Vital statistics of India. Vol. IV, Annual returns from 1871 to 1876. British Army of India, Native Army and jails of Bengal
Year: 1871
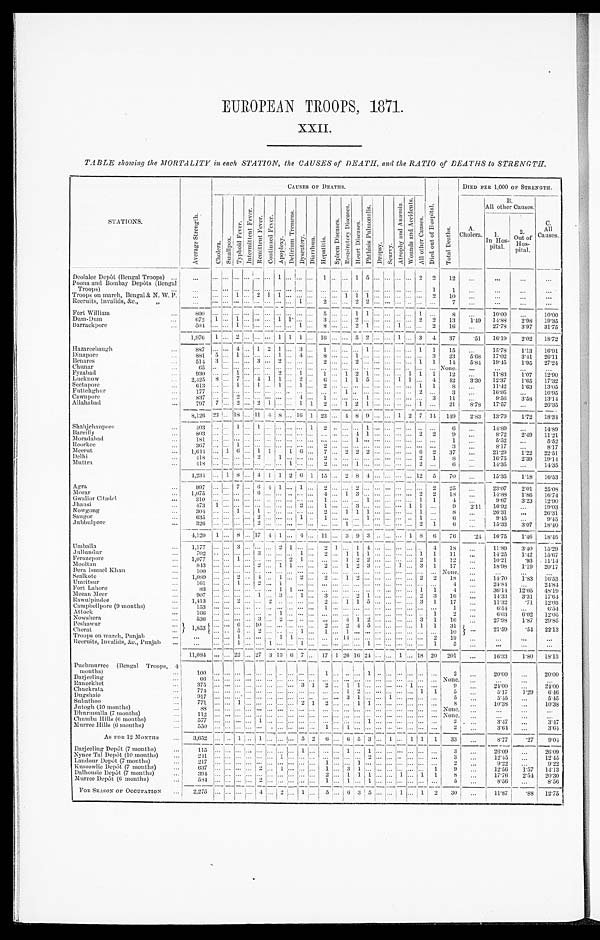
EUROPEAN TROOPS, 1871
.
XXII.
TABLE showing the MORTALITY in each STATION, the CAUSES of DEATH, and the RATIO of DEATHS to STRENGTH.
STATIONS.
A v e r a g e S t r e n g t h .
C A U S E S O F D E A T H S .
DIED PER 1,000 OF STRENGT
H.
C h o l e r a .
S m a l l p o x .
T y p h o i d F e v e r .
I n t e r m i t t e n t F e v e r .
R e m i t t e n t F e v e r . C o n t i n u e d F e v e r .
Ap o p l e x y .
D e l i r i u m T r e me n s .
D y s e n t e r y .
Di a r r h œa . H e p a t i t i s .
S p l e e n D i s e a s e s .
R e s p i r a t o r y D i s e a s e s .
H e a r t D i s e a s e s .
P h t h i s i s P u l m o n a l i s .
Dr opsy.
S c u r v y .
A t r o p h y a n d A n æ m i a .
W o u n d s a n d A c c i d e n t s .
A l l o t h e r C a u s e s .
D i e d o u t o f H o s p i t a l .
T o t a l D e a t h s .
A.
Cholera.
B .
All other Causes.
C .
All
Causes
1 .
In Hos-
pital.
2. O u t o f H o s - p i t a l .
Deolalee Depôt (Bengal Troops)
. .
. . .
. . . ...
. . .
. . .
...
. . . 1 ...
. . .
...
1
. . .
... 1 5 ...
. . .
...
. . . 2
2
1 2
. . .
. . .
. . .
. . .
Poona and Bombay Depôts (Bengal
Troops)
. . .
. . .
. . .
. . . . . .
... ... ... ...
. . .
...
. . .
. . .
... ... ... ...
. . .
...
. . . ...
1
1
. . .
. . .
...
. . .
Troops on march, Bengal & N. W. P.
. . .
. . .
. . .
1 . . .
2 1
1 ...
. . .
...
. . .
. . .
1
1 1 ...
. . .
...
. . . ...
2
1 0
. . .
. . .
...
. . .
Recruits, Invalids, &c., "
. . .
. . .
. . .
. . . . . .
... ... ... ...
1 ...
2
. . .
...
2
2 ...
. . .
...
. . . ...
. . .
7
. . .
. . .
. . .
. . .
Fort William
. . .
8 0 0
. . .
...
. . . . . .
... ...
... ...
. . .
...
5
. . .
...
1 1 ...
. . .
...
. . . 1
. . .
8
. . .
10.00
...
10.00
Dum-Dum
. . .
672
1 ...
1
. . .
... ... 1 1
. . .
...
3
. . .
...
2 ... ...
. . .
...
. . . 2
2
13
1.49
14.88
2.98
19.35
Barrackpore
. . .
5 0 4
. . .
. . .
1 . . .
... ...
... ...
1 ...
8
. . .
... 2 1 ...
. . .
1
. . .
...
2
1 6
. . .
27.78
3.97
31.75
1,976
1 ...
2
. . .
... ...
1
1 1 ... 16
. . .
...
5 2 ...
. . .
1
. . .
3
4
37
.51
16.19
2.02
18.72
Hazareebaugh
. .
8 8 7
. . .
. . .
4 . . .
1 2
1 ... 3 ...
1
. . .
... ... 1 ...
. . .
...
. . .
1
1
1 5
. . .
15.78
1.13
16.91
Dinapore
. . .
881
5 ...
1
. . .
... ... 1 ... 4 ...
8
. . . ...
1 ... ...
. . .
...
. . . ...
3
23
5.68
17.02
3.41
26.11
Benares
. . .
514
3 ...
. . . . . . 3 ... 2 ... ... ...
2
. . . ...
2 ... ... . . . ...
. . . 1
1
14
5.84
19.45
1.95
27.24
Chunar
. . .
6 5
. . .
. . .
. . . . . .
... ... ... ... ... ...
. . . . . .
... ... ... ...
. . . ...
. . .
...
. . .
N o n e .
. . .
. . .
...
. . .
Fyzabad
. .
9 3 0
. . .
. . .
1 . . .
... ... 2 ... 1 ...
1
. . .
1
2 1 ...
. . . ...
1 1
1
1 2
. . .
11.83
1.07
12.90
Lucknow
. . .
2 , 4 2 5 8
. . .
7 . . . 4 1
1 ... 2 ...
6
. . . 1 1
5 ... . . . 1 1 ...
4
42
3.30
12.37
1.65
17.32
Seetapore
. .
6 1 3
. . .
. . . 1
. . .
1 ... 1 ... 1 ...
2
. . .
... ... ... ...
. . . ...
. . .
1
1
8
. . .
11.42
1.63
13.05
Futtehghur
1 7 7
. . .
. . .
. . . . . .
... ... ... ... ... ...
. . . . . .
1
... ... ...
. . . ...
. . .
2
. . .
3
. . .
16.95
...
16.95
C a w n p o r e
8 3 7
. . .
. . .
2 . . .
... ... ... ... 4 ...
1
. . .
... ... 1 ...
. . . ...
. . .
...
3
1 1
. . .
9.56
3.58
13.14
Allahabad
. . .
797
7
. . . 2
. . . 2 1 ... ... 1 1
2
. . . 1 2 1 ... . . . ...
. . .
1
. . .
21
8.78
17.57
...
26.35
8,126 23
. . . 18
. . . 11 4 8 ...
16 1 23
. . . 4 8 9 ... . . . 1 2 7
14 149
2.83
13.79
1.72
18.34
Shahjehanpore
. . .
4 0 3
. . .
. . .
1 . . .
1 ... ... ...
. . .
1
2
. . .
... ... 1 ...
. . . ...
. . .
...
. . .
6
. . .
14.89
...
14.89
Bareilly
. . .
8 0 3
. . .
. . .
. . . . . .
... ... ... ...
. . .
...
. . . . . .
... 4 1 ...
. . . ...
. . .
2
2
9
. . .
8 . 7 2
2 . 4 9
1 1 . 2 1
Moradabad
. . .
1 8 1
. . .
. . .
. . . . . .
... ... ... ...
. . .
...
. . . . . .
... 1 ... ...
. . . ...
. . .
...
. . .
1
. . .
5 . 5 2
. . .
5.52
Roorkee
. . .
3 6 7
. . .
. . .
1 . . .
... ... ... ...
. . .
2
. . . . . .
... ... ... ...
. . . ...
. . .
...
. . .
3
. . .
8 . 1 7
. . . 8. 17
Meerut
. . .
1,644
. . . 1 6
. . . 1 1 ... 1
6 ..
7
. . .2 2
2 ...
. . . ...
. . . 6
2
37
. . .
21.29
1.22
22.51
Delhi
. . .
4 1 8
. . .
. . .
. . . . . .
2 ... 1 ...
. . .
..
2
. . .
... ... ... ...
. . .
...
. . .
2
1
8
. . .
16.75
2.39
19.14
Muttra
. . .
4 1 8
. . .
. . .
. . . . . .
. . .
... ... ...
. . .
2
. . . . . .
1
1 ... ...
. . .
...
. . .
2
. . .
6
. . .
14.35
...
14.35
4,234
. . .
1 8
. . . 4 1 1 2 6 1 15
. . . 2 8 4 ...
. . .
...
. . . 12
5
70
. . .
15.35
1.18
16.53
Agra
. . .
997
. . .
. . . 7
. . . 6 4
1 ... 1 ...
2
. . . ...
2 ...
...
. . . ...
. . . ...
2
25
. . .
23.07
2.01
25.08
Morar
...
1 , 0 7 5
. . .
. . .
. . . . . .
6 ... ... ... ... ...
4
. . .
1
3 ... ...
. . .
...
. . .
2
2
1 8
. . .
14.88
1.86
16.74
Gwalior Citadel
...
3 1 0
. . .
. . .
. . . . . .
... ... ... ... ... ...
1
. . .
... ... 1 ...
. . .
...
. . .
1
1
4
. . .
9.67
3.23
12.90
Jhansi
...
4 7 3
1
. . .
. . . . . .
... ... ... ... 2 ...
1
. . .
... 3 ... ...
. . .
...
1 1
. . .
9
2.11
16.92
...
19.03
Nowgong
...
304.
. . .
. . . 1
. . . 1 ... ... ... ... ...
2
. . . 1 1 1 ...
. . . ...
. . . 1
. . .
8
. . .
26.31
. . .
26.31
Saugor
...
635
. . .
. . .
. . . . . .
2 ... ... ... 1 ...
1
. . .
. . .
... 1 ...
. . .
...
. . . 1
. . .
6
. . .
9.45
. . .
9.45
Jubbulpore
...
3 2 6
. . .
. . .
. . . . . .
2 ... ... ... ... ...
. . . . . .
1 ... ... ...
. . .
. . . . . . 2
1
6
. . .
15.33
3.07
18.40
4 , 1 2 0
1
. . . 8
. . . 17
4
1 ... 4 ...
11
. . . 3 9 3 ...
. . . ...
1
8
6
76
.24
16.75
1.46
18.45
Umballa
...
1 , 1 7 7
. . .
. . .
3 . . .
... ... 2 1 ... ...
2
1 ... 1 4 ...
. . .
...
. . .
...
4
1 8
. . .
11.89
3.40
15.29
Jullundur
. . .
7 0 2
. . .
. . .
. . . . . .
3 ... ... ... 1 ...
2
. . .
1
1 1 ...
. . .
...
. . .
1
1
1 1
. . .
14.25
1.42
15.67
Ferozepore
. . .
1,077
. . .
. . . 1
. . .
... ... ... 2 1 ...
. . .
. . . 1 2 2 ...
. . . ...
. . . 2
1
12
. . .
10.21
.93
11.14
Mooltan
. . .
8 4 3
. . .
. . .
. . . . . .
2 ... 1 1 ... ...
2
. . .
1
2 3 ...
. . .
1
. . . 3
1
1 7
. . .
18.98
1.19
20.17
Dera Ismael Khan
. . .
1 0 0
. . .
. . .
. . . . . .
... ... ... ... ... ...
. . . . . .
... ... ... ...
. . .
...
. . . ...
. . .
N o n e .
. . .
. . .
. . .
. . .
Sealkole
. . .
1,089
. . .
. . . 2
. . . 4 ...
1 ...
2 ...
2
. . . 1 2 ... ...
. . . ...
. . .
2 2
18
. . .
14.70
1.83
16.53
Umritsur
...
1 6 1
. . .
. . .
1 . . .
2 ... 1
... ...
. . . . . .
. . .
... ... ...
. . .
...
. . . ...
. . .
4
. . .
24.84
. . .
24.84
Fort Lahore
. . .
8 3
. . .
. . .
. . . . . .
. . .
... 1 1 ... ...
. . . . . .
. . .
... ... ...
. . .
...
. . . 1
1
4
. . .
36.14
12.05
48.19
Meean Meer
. . .
907
. . .
. . .
. . .
. . . 1 ... 3 ...
1 ...
3
. . . ... 2
1 ...
. . . ...
. . . 2
3
16
. . .
14.33
3.31
17.64
Rawulpindee
1 , 4 1 3
. . .
. . .
2 . . .
... 2
... ... ... ...
2
. . .
1
1
5 ...
. . .
...
. . . 3
1
1 7
. . .
11.32
.71
12.03
Campbellpore (9 months)
. . .
1 5 3
. . .
. . .
. . . . . .
... ... ... ... ... ...
1
. . .
... ...
. . .
...
. . .
...
. . . ...
. . .
1
. . .
6.54
. . .
6.54
Attock
...
1 6 6
. . .
. . .
. . . . . .
... ... 1 ... ... ...
. . . . . .
... ...
. . .
...
. . .
...
. . . ...
1
2
. . .
6.03
6.02
12.05
Nowshera
5 3 6
. . .
. . .
. . . . . .
3 ... 2 ... ... ...
. . . . . .
4
1
2 ...
. . .
...
. . . 3
1
1 6
. . .
27.98
1.87
29.85
Peshawur
1,853
. . .
. . .
6 . . .
10 ... ... ... ... ...
2
. . .
2
4
5 ...
. . .
...
. . . 1
1
3 1
. . .
21.59
.54
22.13
Cherat
5
. . .
2 ... ... ... 1 ...
1
. . .
1
...
. . .
...
. . .
...
. . . ...
. . .
1 0
Troops on march, Punjab
. . .
. . .
. . .
. . .
1 . . .
... ... 1 1 ... ...
. . . 1 4
... ...
. . .
...
. . .
...
. . . ...
2
1 9
. . .
. . .
. . .
. . .
Recruits, Invalids, &c., Punjab
. . .
. . .
. . .
. . . 1
. . . ...
1 ... ...
1 ...
. . . . . . ... ...
1 ...
. . . ...
. . . ...
1
5
. . .
. . .
. . .
. . .
11,084
. . .
. . .
22
. . . 27 3
13
6 7 ...
17
1
26 16 24 ...
. . . 1
. . . 18 20
201
. . .
16.33
1.80
18.13
Puchmurree (Bengal Troops, 4
months)
1 0 0
. . .
. . .
. . . . . .
... ... ... ... ... ...
1
. . .
. . .
... 1 ...
. . .
...
. . .
...
. . .
2
. . .
20.00
. . .
20.00
Darjeeling
. . .
6 6
. . .
. . .
. . . . . .
... ... ... ... ... ...
. . . . . .
. . .
... ... ...
. . .
...
. . .
...
. . .
N o n e .
. . .
. . .
. . .
. . .
Raneekhet
3 7 5
. . .
. . .
. . . . . .
... ... ... ......3 1
2
. . .
1 1 ... ...
. . .
...
1 ...
. . .
9
. . .
24.00
. . .
24.00
Chuckrata
7 7 4
. . .
. . .
. . . . . .
... ... ... ... ... ...
. . . . . .
1 2 ... ...
. . .
...
. . .
1
1
5
. . .
5.17
1.29
6.46
Dugshaie
9 1 7
. . .
. . .
. . . . . . . .... ... ... ... ... ...
. . . . . .
3 1 ... ...
1 ...
. . .
...
. . .
5
. . .
5.45
. . .
5.45
Subathoo
7 7 1
. . .
. . .
1 . . .
... ... ... ... 2 1
2
. . .
. . .
1 1 ...
. . .
...
. . .
...
. . .
8
. . .
10.38
. . .
10.38
Jutogh (10 months)
8 8
. . .
. . .
. . . . . .
... ... ... ... ... ...
. . . . . .
. . .
... ... ...
. . .
...
. . .
...
. . .
N o n e .
. . .
. . .
. . .
. . .
Dhurmsalla (7 months)
. .
1 1 2
. . .
. . .
. . . . . .
... ... ... ... ... ...
. . . . . .
. . .
... ... ...
. . .
...
. . .
...
. . .
N o n e .
. . .
. . .
. . .
. . .
Chumba Hills (6 months)
. . .
5 7 7
. . .
. . .
. . . . . .
1 ... ... ... ... ...
. . . . . .
. . .
... 1 ...
. . .
...
. . .
...
. . .
2
. . .
3.47
. . .
3.47
Murree Hills (6 months)
. . .
550
. . .
. . .
. . . . . .
... ... ... ... ... ...
. . . 1
. . .
1 ... ...
. . . ...
. . .
2
3.64
. . .
3.64
AS FOR 12 MONTHS . . .
3,652
. . .
...
1
. . . 1
. . . ... ...
5 2
6 . . .
6
5
3
...
1 ...
1 1
1
33
. . .
8.77
.279.04
Darjeeling Depôt (7 months)
. . .
1 1 5
. . .
. . .
. . . . . .
. . .
... ... ...
1 ...
. . . . . .
1
. . .
1
...
. . .
...
. . . ...
. . .
3
. . .
26.09
. . .
26.09
Nynee Tal Depôt (10 months)
2 4 1
. . .
. . .
. . . . . .
. . .
... 1 ...
. . .
...
. . . . . .
. . . . . .
2 ...
. . .
...
. . . ...
. . .
3
. . .
12.45
. . .
12.45
Landour Depôt (7 months)
. . .
2 1 7
. . .
. . .
. . . . . .
. . .
... ... ...
. . .
...
1 . . .
. . . 1 ... ...
. . .
...
. . . ...
. . .
2
. . .
9.22
. . .
9.22
Kussowlie Depôt (7 months)
. . .
6 3 7
. . .
. . .
. . . . . .
2 ... 1 ...
. . .
...
1 . . .
3
1 ... ...
. . .
...
. . . ...
1
9
. . .
12.56
1.57
14.13
Dalhousie Depôt (7 months)
. . .
3 9 4
. . .
. . .
. . . . . .
. . .
... ... ...
. . .
...
2 . . .
1
1 1 ...
. . .
1
. . . 1
1
8
. . .
17.76
2.54
20.30
Murree Depôt (6 months)
5 8 4
. . .
. . .
. . . . . .
2 ... ... ...
. . .
...
1 . . .
1
. . .
1 ...
. . .
...
. . . ...
. . .
5
. . .
8.56
. . .
8.56
FOR SEASON OF OCCUPATION
2.275
. . .
...
. . . . . . 4 ... 2 ... 1 ...
5
. . . . 6 3 5 ...
. . . 1
. . . 1
2
3 0
...
1 1 . 8 7 .88
12.75